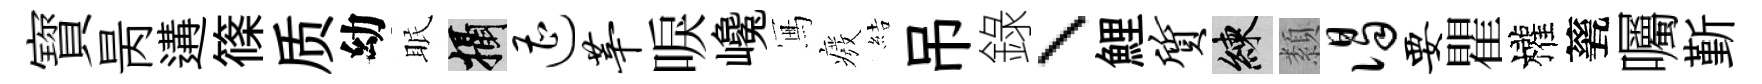
寳昺遘篠质幼眠攝遭莘唳巉冩癈結吊錄、鯉质練纇谒要瞿權甆囑斳